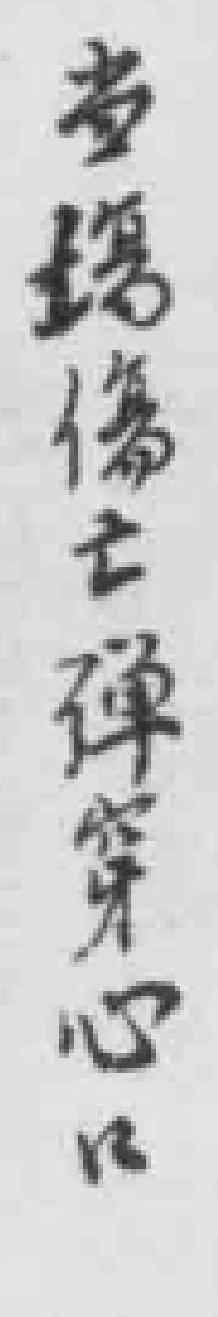
当場身亡弹穿心口